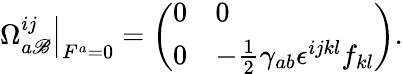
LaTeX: \left.\Omega_{a\mathscr{B}}^{ij}\right|_{F^{a}=0}=\left(\begin{array}{ll}{{0}}&{{0}}\\ {{0}}&{{-\frac{1}{2}\gamma_{ab}\epsilon^{ijkl}f_{kl}}}\end{array}\right).